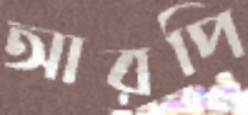
আরপি